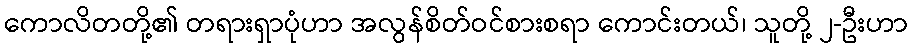
ကောလိတတို့၏ တရားရှာပုံဟာ အလွန်စိတ်ဝင်စားစရာ ကောင်းတယ်၊ သူတို့ ၂-ဦးဟာ